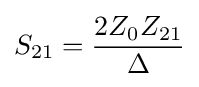
S_{21}={2Z_{0}Z_{21} \over \Delta }